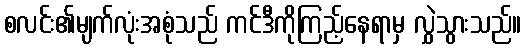
စလင်း၏မျက်လုံးအစုံသည် ကင်ဒီကိုကြည့်နေရာမှ လွှဲသွားသည်။